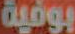
بوفية